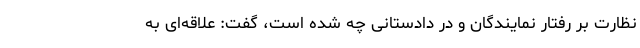
نظارت بر رفتار نمایندگان و در دادستانی چه شده است، گفت: علاقه‌ای به